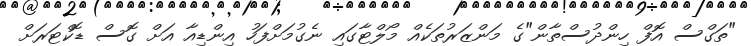
"ތަގްސް އޮފް ހިންދުސްތާން"ގެ މަންޒަރުތަކެއް މޯލްޓާގައި ނެގުމަށްފަހު އިންޑިއާ އަށް ގޮސް ޑޮކްޓަރަށް